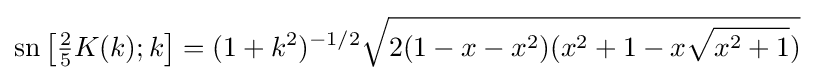
\operatorname {sn} \left[{\tfrac {2}{5}}K(k);k\right]=(1+k^{2})^{-1/2}{\sqrt {2(1-x-x^{2})(x^{2}+1-x{\sqrt {x^{2}+1}})}}